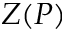
Z ( P )